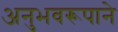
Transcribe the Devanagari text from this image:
अनुभवरूपाने